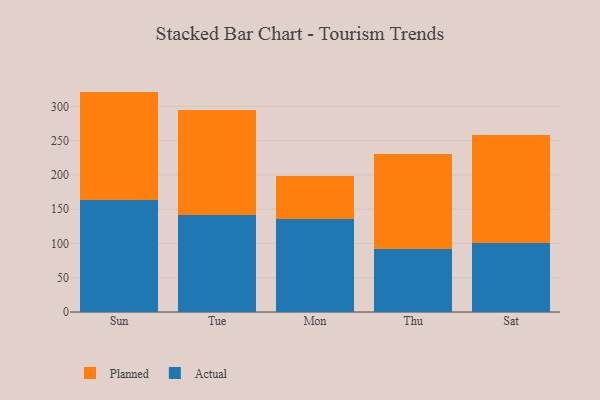
{"axis": {"x": "Day", "y": "Humidity (%)"}, "legend": ["Actual", "Planned"], "data": [{"x": "Sun", "y": 163.4, "type": "Actual"}, {"x": "Sun", "y": 158.1, "type": "Planned"}, {"x": "Tue", "y": 141.8, "type": "Actual"}, {"x": "Tue", "y": 153.3, "type": "Planned"}, {"x": "Mon", "y": 135.2, "type": "Actual"}, {"x": "Mon", "y": 63.4, "type": "Planned"}, {"x": "Thu", "y": 91.2, "type": "Actual"}, {"x": "Thu", "y": 139.4, "type": "Planned"}, {"x": "Sat", "y": 101.3, "type": "Actual"}, {"x": "Sat", "y": 156.7, "type": "Planned"}]}